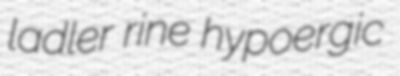
ladler rine hypoergic